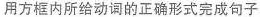
用方框内所给动调的正确形式完成句子